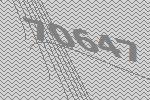
70647